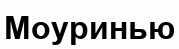
Моуринью